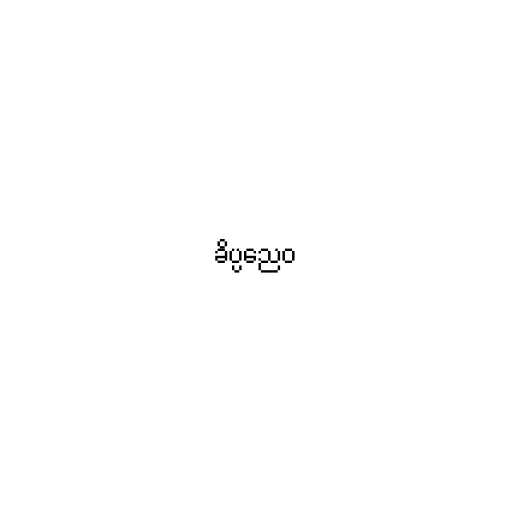
ခိပ္ပညေဝ